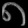
Digit: ၈